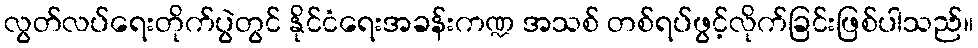
လွတ်လပ်ရေးတိုက်ပွဲတွင် နိုင်ငံရေးအခန်းကဏ္ဍ အသစ် တစ်ရပ်ဖွင့်လိုက်ခြင်းဖြစ်ပါသည်။